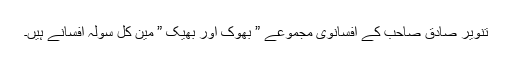
تنویر صادق صاحب کے افسانوی مجموعے ” بھوک اور بھیک ” مین کل سولہ افسانے ہیں۔